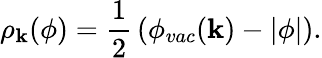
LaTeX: \rho_{\mathbf{k}}(\phi)={\frac{{1}}{{2}}}\left(\phi_{vac}(\mathbf{k})-\vert\phi\vert\right).